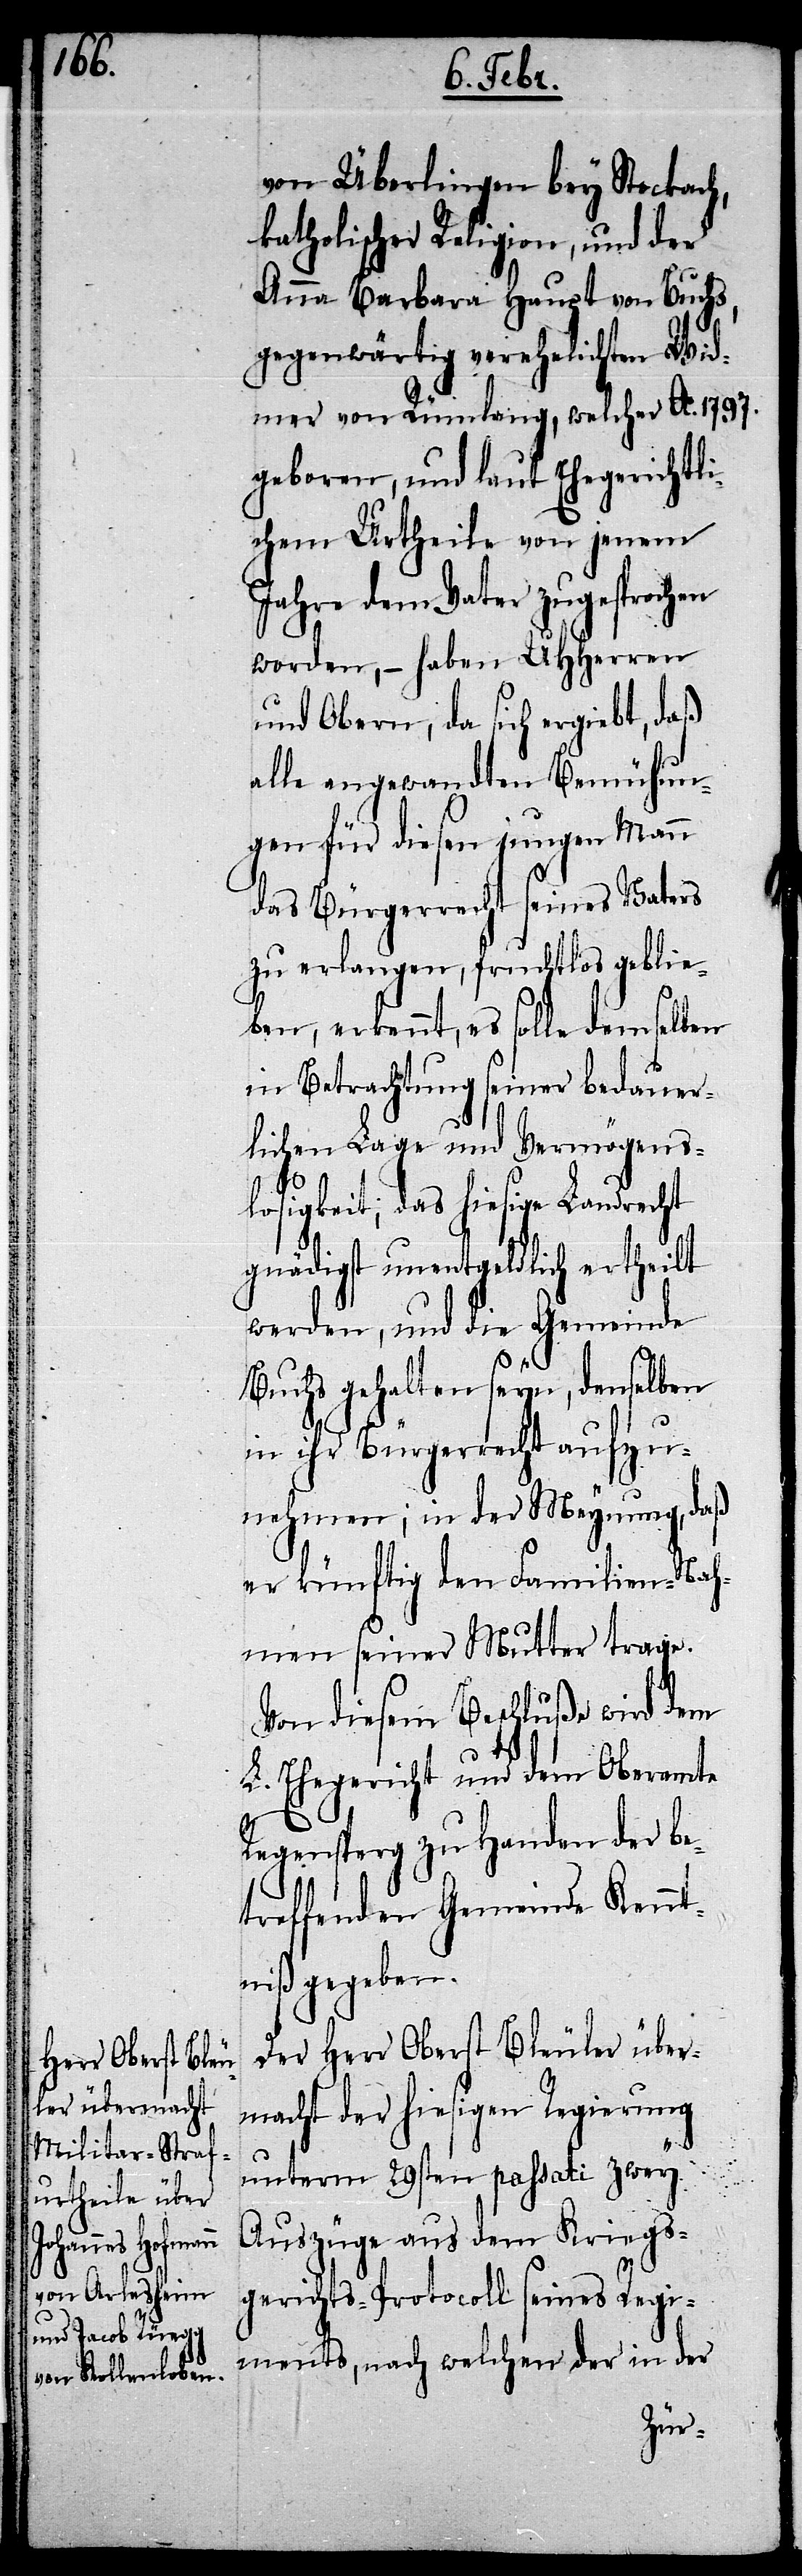
von Überlingen bey Stockach,
katholischer Religion, und der
Anna Barbara Haupt von Buchs,
gegenwärtig verehelichten Wid¬
mer von Rümlang, welcher Ao. 1797.
geboren, und laut Ehegerichtli¬
chem Urtheile von jenem
Jahre dem Vater zugesprochen
worden, – haben UHHerren
und Obern, da sich ergiebt, daß
alle angewandten Bemühun¬
gen für diesen jungen Mann
das Bürgerrecht seines Vaters
zu erlangen, fruchtlos geblie¬
ben, erkennt, es solle demselben
in Betrachtung seiner bedauer¬
lichen Lage und Vermögens¬
losigkeit; das hiesige Landrecht
gnädigst unentgeldlich ertheilt
werden, und die Gemeinde
Buchs gehalten seyn, denselben
in ihr Bürgerrecht aufzu¬
nehmen; in der Meynung, daß
er künftig den Familien-Nah¬
men seiner Mutter trage.
Von diesem Beschluße wird dem
L. Ehegericht und dem Oberamte
Regensperg zu Handen der be¬
treffenden Gemeinde Kennt¬
niß gegeben.
Der Herr Oberst Bleuler über¬
macht der hiesigen Regierung
unterm 29sten passati zwey
Auszüge aus dem Kriegs¬
gerichts-Protocoll seines Regi¬
ments, nach welchen der in der